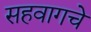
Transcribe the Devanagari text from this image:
सहवागचे